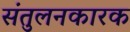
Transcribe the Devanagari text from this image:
संतुलनकारक